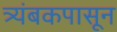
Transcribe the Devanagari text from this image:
त्र्यंबकपासून